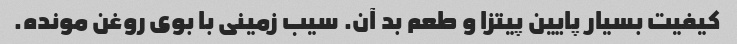
کیفیت بسیار پایین پیتزا و طعم بد آن. سیب زمینی با بوی روغن مونده.